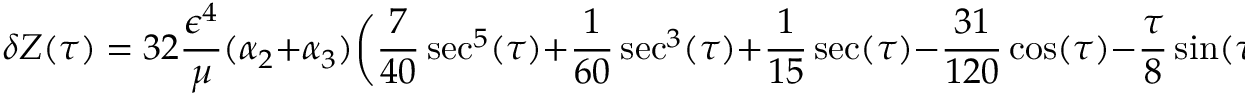
\delta Z ( \tau ) = 3 2 \frac { \epsilon ^ { 4 } } { \mu } ( \alpha _ { 2 } + \alpha _ { 3 } ) \bigg ( \frac { 7 } { 4 0 } \sec ^ { 5 } ( \tau ) + \frac 1 { 6 0 } \sec ^ { 3 } ( \tau ) + \frac 1 { 1 5 } \sec ( \tau ) - \frac { 3 1 } { 1 2 0 } \cos ( \tau ) - \frac { \tau } { 8 } \sin ( \tau ) \bigg ) .